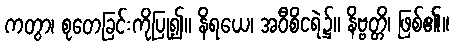
ကတွာ၊ စုတေခြင်းကိုပြု၍။ နိရယေ၊ အဝီစိငရဲ၌။ နိဗ္ဗတ္တိ၊ ဖြစ်၏။